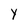
Character: Y